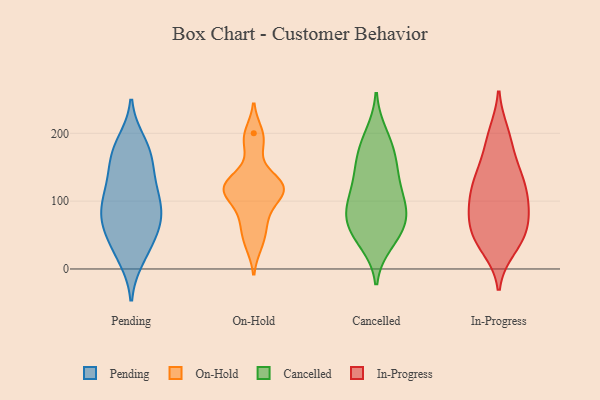
{"axis": {"x": "Customer Acquisition Cost (USD)", "y": "Value"}, "legend": ["Cancelled", "In-Progress", "On-Hold", "Pending"], "data": [{"x": "", "y": 179, "type": "Pending"}, {"x": "", "y": 74, "type": "Pending"}, {"x": "", "y": 64, "type": "Pending"}, {"x": "", "y": 96, "type": "Pending"}, {"x": "", "y": 166, "type": "Pending"}, {"x": "", "y": 151, "type": "Pending"}, {"x": "", "y": 124, "type": "Pending"}, {"x": "", "y": 75, "type": "Pending"}, {"x": "", "y": 17, "type": "Pending"}, {"x": "", "y": 36, "type": "Pending"}, {"x": "", "y": 186, "type": "Pending"}, {"x": "", "y": 58, "type": "Pending"}, {"x": "", "y": 71, "type": "Pending"}, {"x": "", "y": 99, "type": "Pending"}, {"x": "", "y": 167, "type": "Pending"}, {"x": "", "y": 23, "type": "Pending"}, {"x": "", "y": 121, "type": "Pending"}, {"x": "", "y": 108, "type": "Pending"}, {"x": "", "y": 113, "type": "On-Hold"}, {"x": "", "y": 78, "type": "On-Hold"}, {"x": "", "y": 129, "type": "On-Hold"}, {"x": "", "y": 36, "type": "On-Hold"}, {"x": "", "y": 59, "type": "On-Hold"}, {"x": "", "y": 200, "type": "On-Hold"}, {"x": "", "y": 107, "type": "On-Hold"}, {"x": "", "y": 184, "type": "On-Hold"}, {"x": "", "y": 119, "type": "On-Hold"}, {"x": "", "y": 117, "type": "On-Hold"}, {"x": "", "y": 131, "type": "On-Hold"}, {"x": "", "y": 110, "type": "Cancelled"}, {"x": "", "y": 94, "type": "Cancelled"}, {"x": "", "y": 66, "type": "Cancelled"}, {"x": "", "y": 139, "type": "Cancelled"}, {"x": "", "y": 168, "type": "Cancelled"}, {"x": "", "y": 61, "type": "Cancelled"}, {"x": "", "y": 104, "type": "Cancelled"}, {"x": "", "y": 158, "type": "Cancelled"}, {"x": "", "y": 89, "type": "Cancelled"}, {"x": "", "y": 186, "type": "Cancelled"}, {"x": "", "y": 198, "type": "Cancelled"}, {"x": "", "y": 39, "type": "Cancelled"}, {"x": "", "y": 64, "type": "Cancelled"}, {"x": "", "y": 139, "type": "Cancelled"}, {"x": "", "y": 81, "type": "Cancelled"}, {"x": "", "y": 44, "type": "Cancelled"}, {"x": "", "y": 31, "type": "In-Progress"}, {"x": "", "y": 84, "type": "In-Progress"}, {"x": "", "y": 60, "type": "In-Progress"}, {"x": "", "y": 176, "type": "In-Progress"}, {"x": "", "y": 123, "type": "In-Progress"}, {"x": "", "y": 139, "type": "In-Progress"}, {"x": "", "y": 38, "type": "In-Progress"}, {"x": "", "y": 115, "type": "In-Progress"}, {"x": "", "y": 82, "type": "In-Progress"}, {"x": "", "y": 57, "type": "In-Progress"}, {"x": "", "y": 140, "type": "In-Progress"}, {"x": "", "y": 90, "type": "In-Progress"}, {"x": "", "y": 140, "type": "In-Progress"}, {"x": "", "y": 200, "type": "In-Progress"}, {"x": "", "y": 111, "type": "In-Progress"}, {"x": "", "y": 89, "type": "In-Progress"}, {"x": "", "y": 51, "type": "In-Progress"}, {"x": "", "y": 40, "type": "In-Progress"}, {"x": "", "y": 196, "type": "In-Progress"}]}